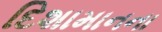
દિશામાનના